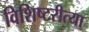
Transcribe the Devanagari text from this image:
विशिष्टरीत्या